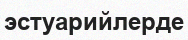
эстуарийлерде